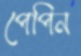
পেপিন